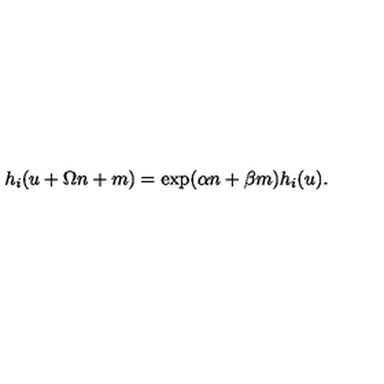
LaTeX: h _ { i } ( u + \Omega n + m ) = \exp ( \alpha n + \beta m ) h _ { i } ( u ) .